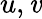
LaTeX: u,\mathit{v}